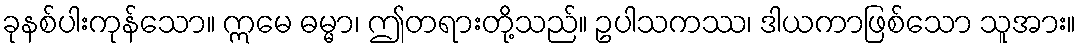
ခုနစ်ပါးကုန်သော။ ဣမေ ဓမ္မာ၊ ဤတရားတို့သည်။ ဥပါသကဿ၊ ဒါယကာဖြစ်သော သူအား။